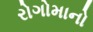
રોગોમાનો